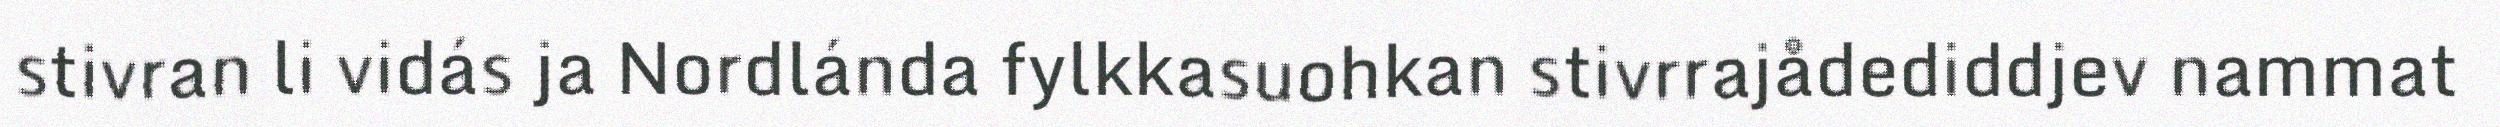
stivran li vidás ja Nordlánda fylkkasuohkan stivrrajådediddjev nammat